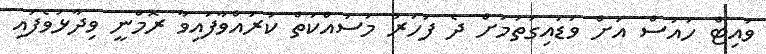
ވައިޓް ހައުސް އަށް ވަޑައިގަތުމަށް ދެ ފަހަރު މަސައްކަތް ކުރައްވާފައިވާ ރޮމްނީ ވިދާޅުވެފައި